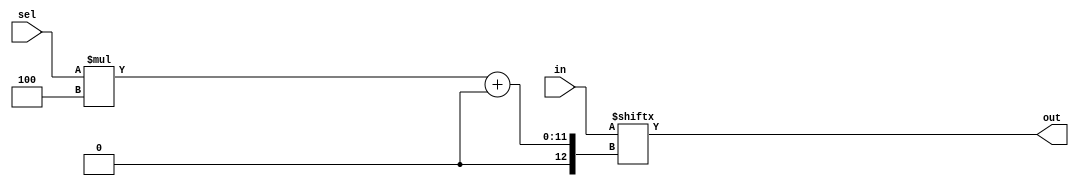
module top_module (
    input wire [1023:0] in,  // 1024-bit input vector (256 inputs of 4 bits each)
    input wire [7:0] sel,    // 8-bit selection signal
    output wire [3:0] out    // 4-bit output vector
);
    // Use indexed part select to choose the appropriate 4-bit slice from the 1024-bit input vector
    assign out = in[sel * 4 +: 4];
endmodule